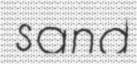
sand